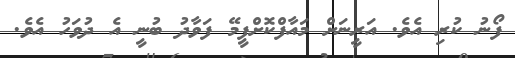
ފޯނު ކުރި އެވެ. އަރީނަށް މައާފްކޮށްފީމޭ ފަވާދު ބުނީ އެ ދުވަހު އެވެ.